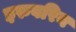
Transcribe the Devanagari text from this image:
इरुवरिन